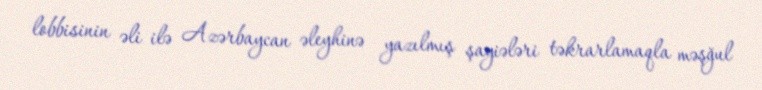
lobbisinin əli ilə Azərbaycan əleyhinə yazılmış şayiələri təkrarlamaqla məşğul